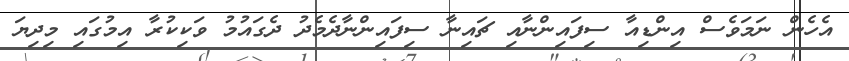
އެހެން ނަމަވެސް އިންޑިއާ ސިފައިންނާއި ޗައިނާ ސިފައިންނާދެމެދު ދެގައުމު ވަކިކުރާ އިމުގައި މިދިޔަ